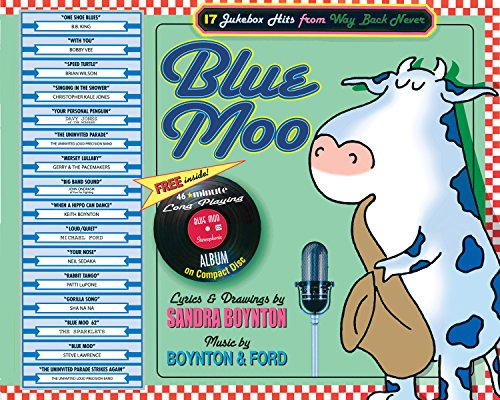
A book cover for Blue Moo: 17 Jukebox Hits From Way Back Never; Sandra Boynton; Children's Books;